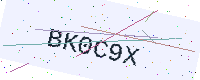
Text: BK0C9X